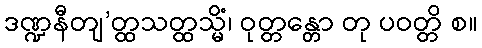
ဒဏ္ဍနီတျ’တ္ထသတ္ထသ္မိံ၊ ဝုတ္တန္တော တု ပဝတ္တိ စ။